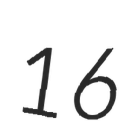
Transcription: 16